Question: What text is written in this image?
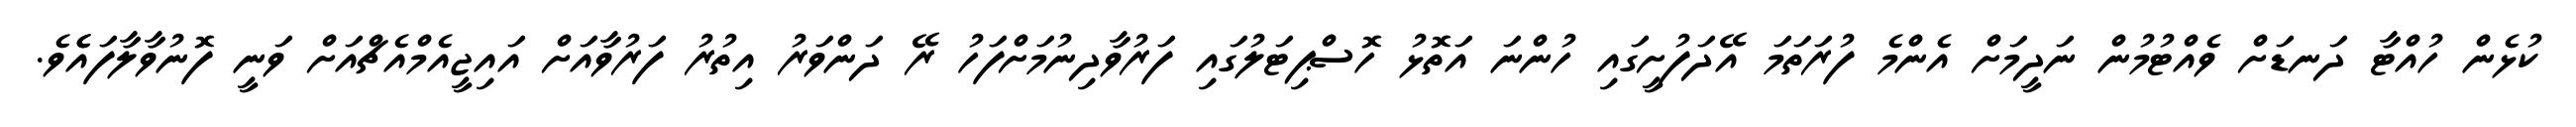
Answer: ކުޅެން ހުއްޓާ ދަނޑަށް ވެއްޓުމުން ނަދީމަށް އެންމެ ފުރަތަމަ އޭދަފުށީގައި ހުންނަ އަތޮޅު ހޮސްޕިޓަލުގައި ފަރުވާދިނުމަށްފަހު ރޭ ދަންވަރު އިތުރު ފަރުވާއަށް އައިޖީއެމްއެޗްއަށް ވަނީ ފޮނުވާލާފައެެވެ.